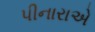
પીનારાએ